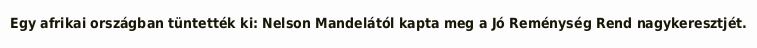
Egy afrikai országban tüntették ki: Nelson Mandelától kapta meg a Jó Reménység Rend nagykeresztjét.